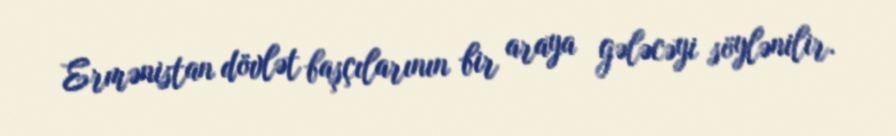
Ermənistan dövlət başçılarının bir araya gələcəyi söylənilir.